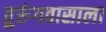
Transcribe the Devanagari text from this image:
तुरुंगवासाला